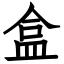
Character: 盒